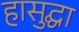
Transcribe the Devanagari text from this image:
हासुद्घा